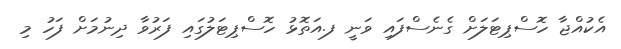
އެކުއްޖާ ހޮސްޕިޓަލަށް ގެނެސްފައި ވަނީ ފ.އަތޮޅު ހޮސްޕިޓަލުގައި ފަރުވާ ދިނުމަށް ފަހު މި